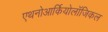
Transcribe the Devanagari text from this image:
एथनोआर्कियोलॉजिकल